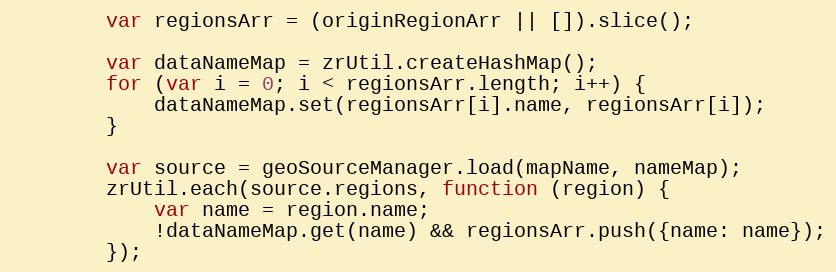
Language: JavaScript
        var regionsArr = (originRegionArr || []).slice();

        var dataNameMap = zrUtil.createHashMap();
        for (var i = 0; i < regionsArr.length; i++) {
            dataNameMap.set(regionsArr[i].name, regionsArr[i]);
        }

        var source = geoSourceManager.load(mapName, nameMap);
        zrUtil.each(source.regions, function (region) {
            var name = region.name;
            !dataNameMap.get(name) && regionsArr.push({name: name});
        });